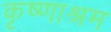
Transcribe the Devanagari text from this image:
कृष्णाश्रम